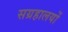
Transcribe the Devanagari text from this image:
सग्रहालयों